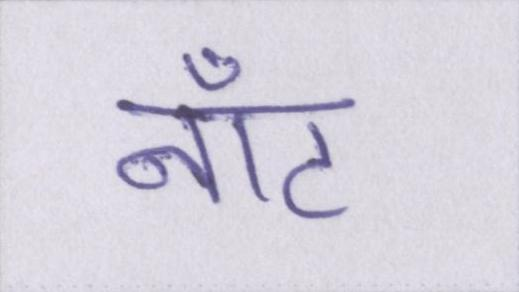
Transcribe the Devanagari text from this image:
नॉट